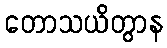
တောသယိတွာန